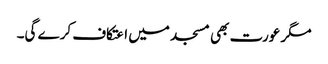
مگر عورت بھی مسجد میں اعتکاف کرے گی۔